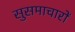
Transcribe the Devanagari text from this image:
सुसमाचारों